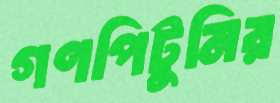
গণপিটুনির